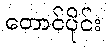
တောင်ပိုင်း